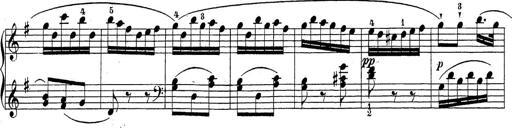
Title: Sonatina Album
Composer: Louis KÃ¶hler